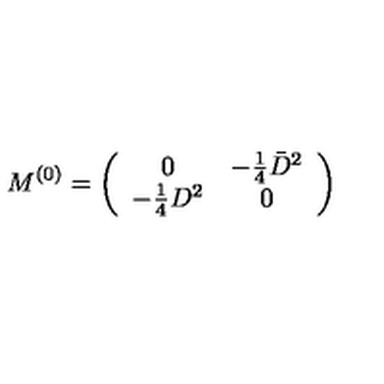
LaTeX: M ^ { ( 0 ) } = \left( \begin{array} { c c } { 0 } & { - \frac { 1 } { 4 } \bar { D } ^ { 2 } } \\ { - \frac { 1 } { 4 } D ^ { 2 } } & { 0 } \\ \end{array} \right) \nonumber